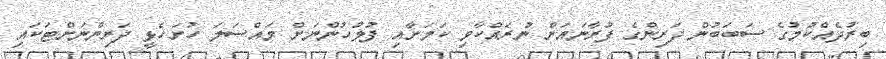
ބިރުދެއްކުމުގެ ސަބަބުން ދަރިންގެ ފުރާނައަށް ނުރައްކާވި ކަމަށާއި ފުލުހުންނަށް މައްސަލަ ހުށަހެޅީ ދަރިންނަށްޓަކައި